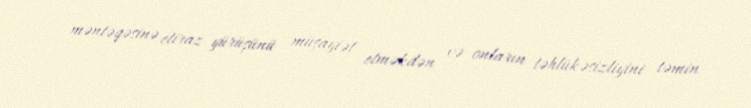
məntəqəsinə etiraz yürüşünü müşayiət etməkdən və onların təhlükəsizliyini təmin